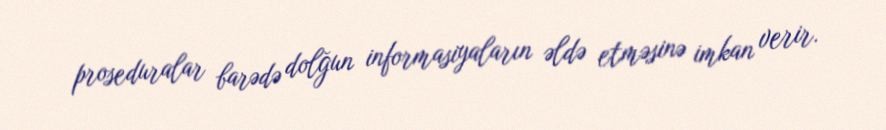
proseduralar barədə dolğun informasiyaların əldə etməsinə imkan verir.